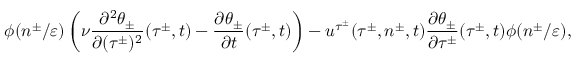
\phi ( n ^ { \pm } / \varepsilon ) \left( \nu \frac { \partial ^ { 2 } \theta _ { \pm } } { \partial ( \tau ^ { \pm } ) ^ { 2 } } ( \tau ^ { \pm } , t ) - \frac { \partial \theta _ { \pm } } { \partial t } ( \tau ^ { \pm } , t ) \right) - u ^ { \tau ^ { \pm } } ( \tau ^ { \pm } , n ^ { \pm } , t ) \frac { \partial \theta _ { \pm } } { \partial \tau ^ { \pm } } ( \tau ^ { \pm } , t ) \phi ( n ^ { \pm } / \varepsilon ) ,